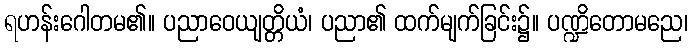
ရဟန်းဂေါတမ၏။ ပညာဝေယျတ္တိယံ၊ ပညာ၏ ထက်မျက်ခြင်း၌။ ပဏ္ဍိတောမညေ၊